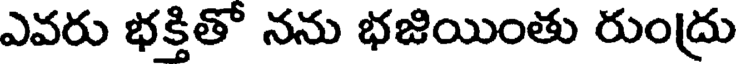
ఎవరు భక్తితో నను భజియింతు రుంద్రు